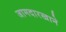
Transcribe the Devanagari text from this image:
जामदारखाने